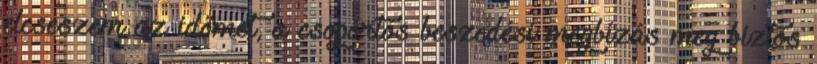
elcseszem az időmet, a csoportos beszedési megbízás meg biztos